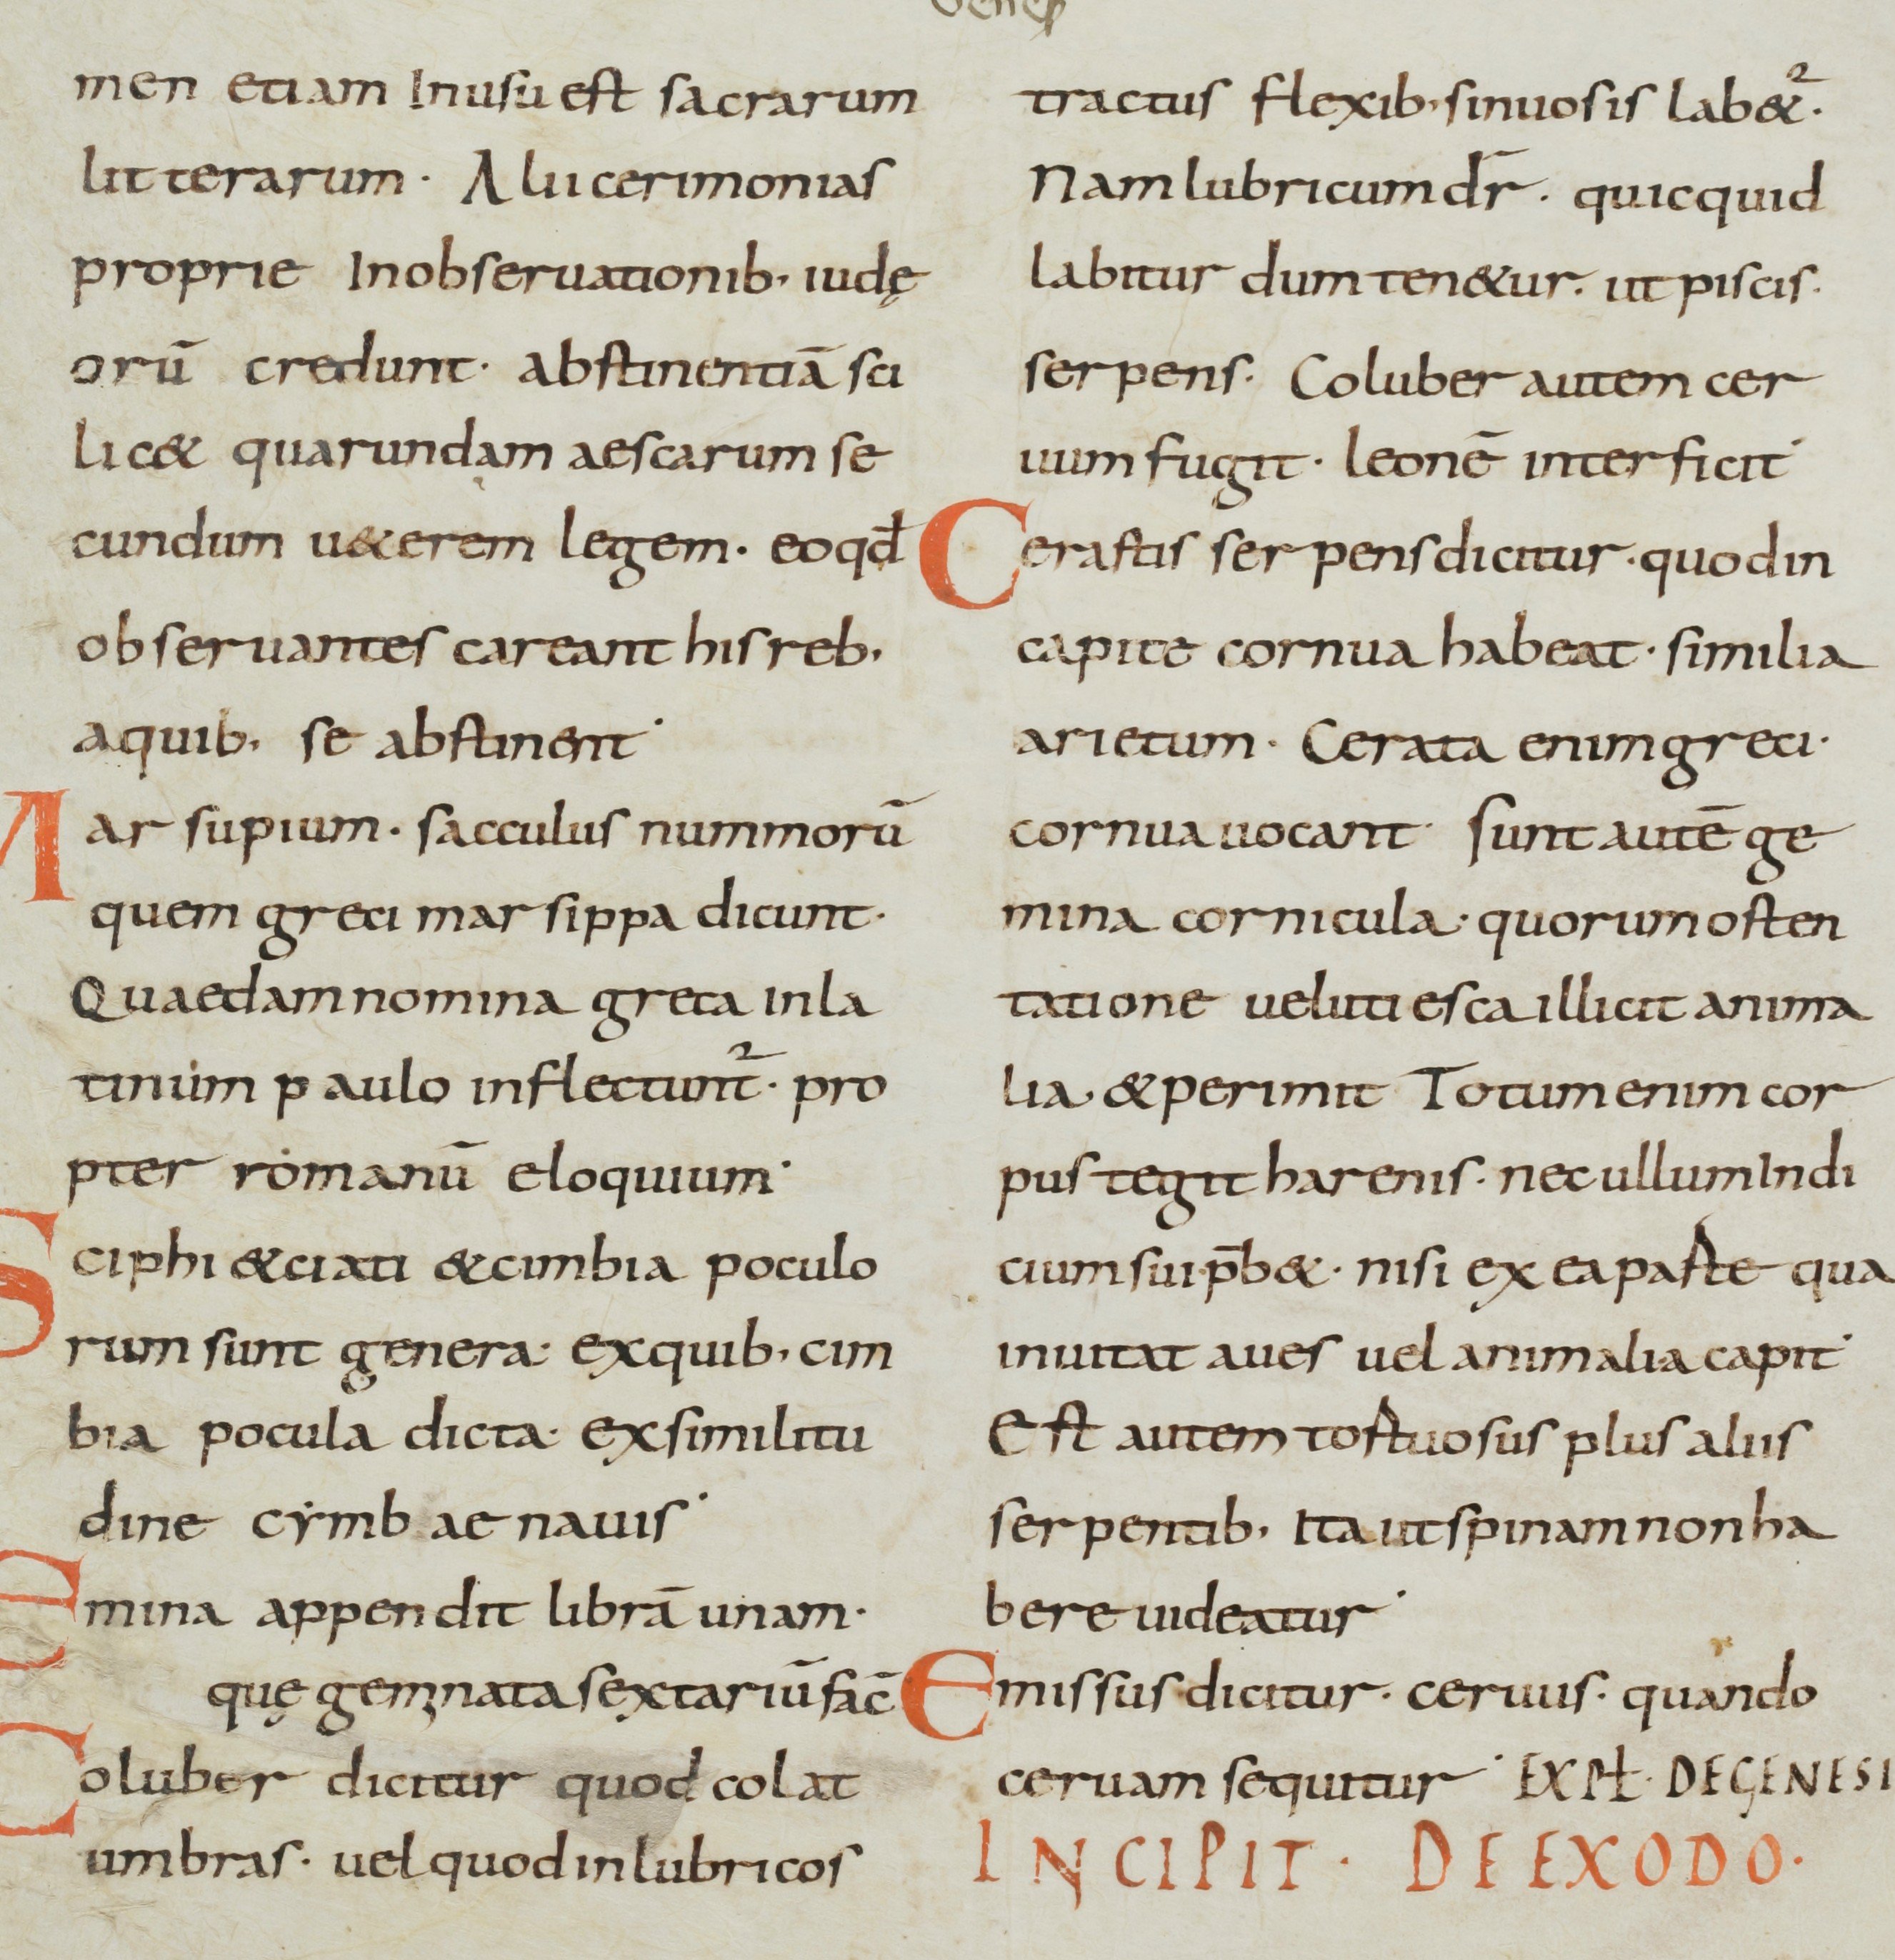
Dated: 800–899